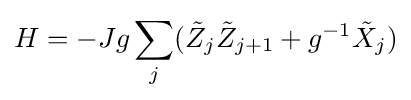
H=-Jg\sum _{j}({\tilde {Z}}_{j}{\tilde {Z}}_{j+1}+g^{-1}{\tilde {X}}_{j})